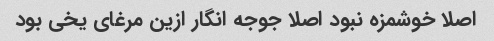
اصلا خوشمزه نبود اصلا جوجه انگار ازین مرغای یخی بود